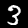
Digit: 3